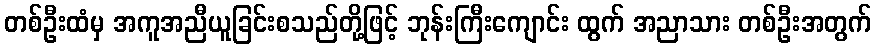
တစ်ဦးထံမှ အကူအညီယူခြင်းစသည်တို့ဖြင့် ဘုန်းကြီးကျောင်း ထွက် အညာသား တစ်ဦးအတွက်